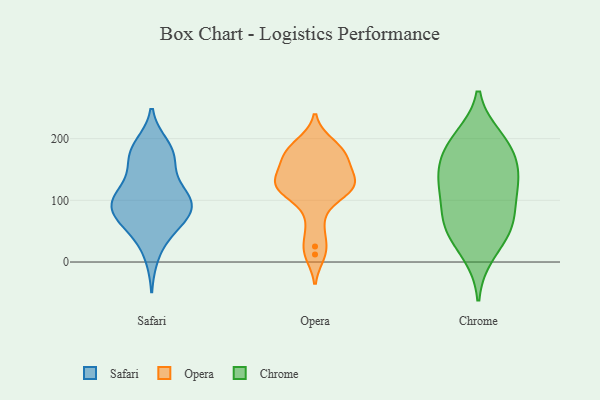
{"axis": {"x": "Temperature (°C)", "y": "Value"}, "legend": ["Chrome", "Opera", "Safari"], "data": [{"x": "", "y": 61, "type": "Safari"}, {"x": "", "y": 138, "type": "Safari"}, {"x": "", "y": 96, "type": "Safari"}, {"x": "", "y": 170, "type": "Safari"}, {"x": "", "y": 97, "type": "Safari"}, {"x": "", "y": 167, "type": "Safari"}, {"x": "", "y": 95, "type": "Safari"}, {"x": "", "y": 172, "type": "Safari"}, {"x": "", "y": 189, "type": "Safari"}, {"x": "", "y": 51, "type": "Safari"}, {"x": "", "y": 84, "type": "Safari"}, {"x": "", "y": 94, "type": "Safari"}, {"x": "", "y": 69, "type": "Safari"}, {"x": "", "y": 119, "type": "Safari"}, {"x": "", "y": 103, "type": "Safari"}, {"x": "", "y": 186, "type": "Safari"}, {"x": "", "y": 10, "type": "Safari"}, {"x": "", "y": 60, "type": "Safari"}, {"x": "", "y": 101, "type": "Safari"}, {"x": "", "y": 184, "type": "Opera"}, {"x": "", "y": 12, "type": "Opera"}, {"x": "", "y": 160, "type": "Opera"}, {"x": "", "y": 122, "type": "Opera"}, {"x": "", "y": 132, "type": "Opera"}, {"x": "", "y": 192, "type": "Opera"}, {"x": "", "y": 122, "type": "Opera"}, {"x": "", "y": 159, "type": "Opera"}, {"x": "", "y": 180, "type": "Opera"}, {"x": "", "y": 126, "type": "Opera"}, {"x": "", "y": 25, "type": "Opera"}, {"x": "", "y": 60, "type": "Opera"}, {"x": "", "y": 122, "type": "Opera"}, {"x": "", "y": 124, "type": "Opera"}, {"x": "", "y": 101, "type": "Opera"}, {"x": "", "y": 168, "type": "Opera"}, {"x": "", "y": 138, "type": "Chrome"}, {"x": "", "y": 187, "type": "Chrome"}, {"x": "", "y": 67, "type": "Chrome"}, {"x": "", "y": 65, "type": "Chrome"}, {"x": "", "y": 164, "type": "Chrome"}, {"x": "", "y": 63, "type": "Chrome"}, {"x": "", "y": 200, "type": "Chrome"}, {"x": "", "y": 48, "type": "Chrome"}, {"x": "", "y": 117, "type": "Chrome"}, {"x": "", "y": 129, "type": "Chrome"}, {"x": "", "y": 126, "type": "Chrome"}, {"x": "", "y": 189, "type": "Chrome"}, {"x": "", "y": 14, "type": "Chrome"}]}